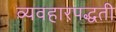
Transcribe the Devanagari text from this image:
व्यवहारपद्धती